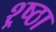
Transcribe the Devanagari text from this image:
श्र्ष्ठा